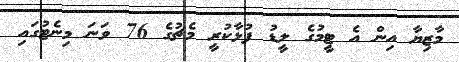
މާޒިޔާ އިން އެ ޓީމުގެ ލީޑު ފުޅާކުރީ މެޗުގެ 76 ވަނަ މިނެޓުގައި